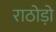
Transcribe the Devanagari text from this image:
राठोड़ो